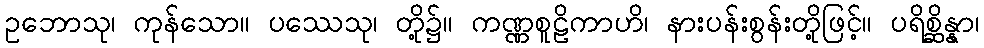
ဥဘောသု၊ ကုန်သော။ ပဿေသု၊ တို့၌။ ကဏ္ဏစူဠိကာဟိ၊ နားပန်းစွန်းတို့ဖြင့်။ ပရိစ္ဆိန္နာ၊